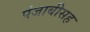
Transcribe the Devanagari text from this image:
पंजाबीसह